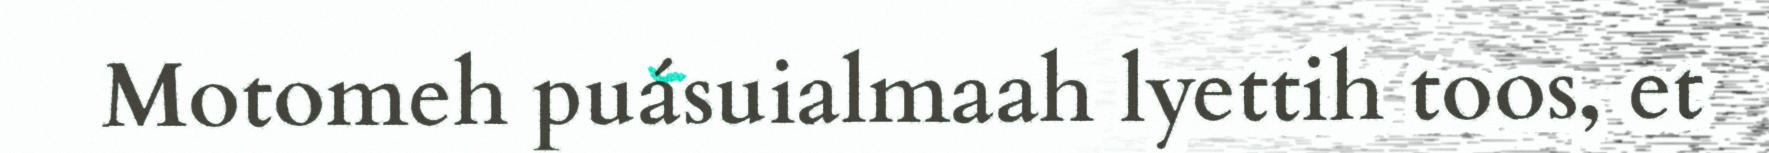
Motomeh puásuialmaah lyettih toos, et